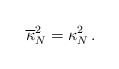
\begin{align*}\overline{\kappa}_N^2 =\kappa_N^2\,.\end{align*}